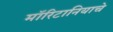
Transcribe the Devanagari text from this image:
मॉरिटानियाचे